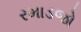
રમાડજો